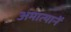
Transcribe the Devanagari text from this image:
अमात्यानें